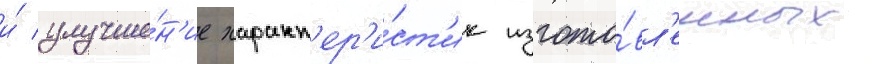
и́ улучше́н'ие характ'ер'и́ст'ик изгото́вл'енных